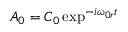
A _ { 0 } = C _ { 0 } \exp ^ { - i \omega _ { 0 r } t }